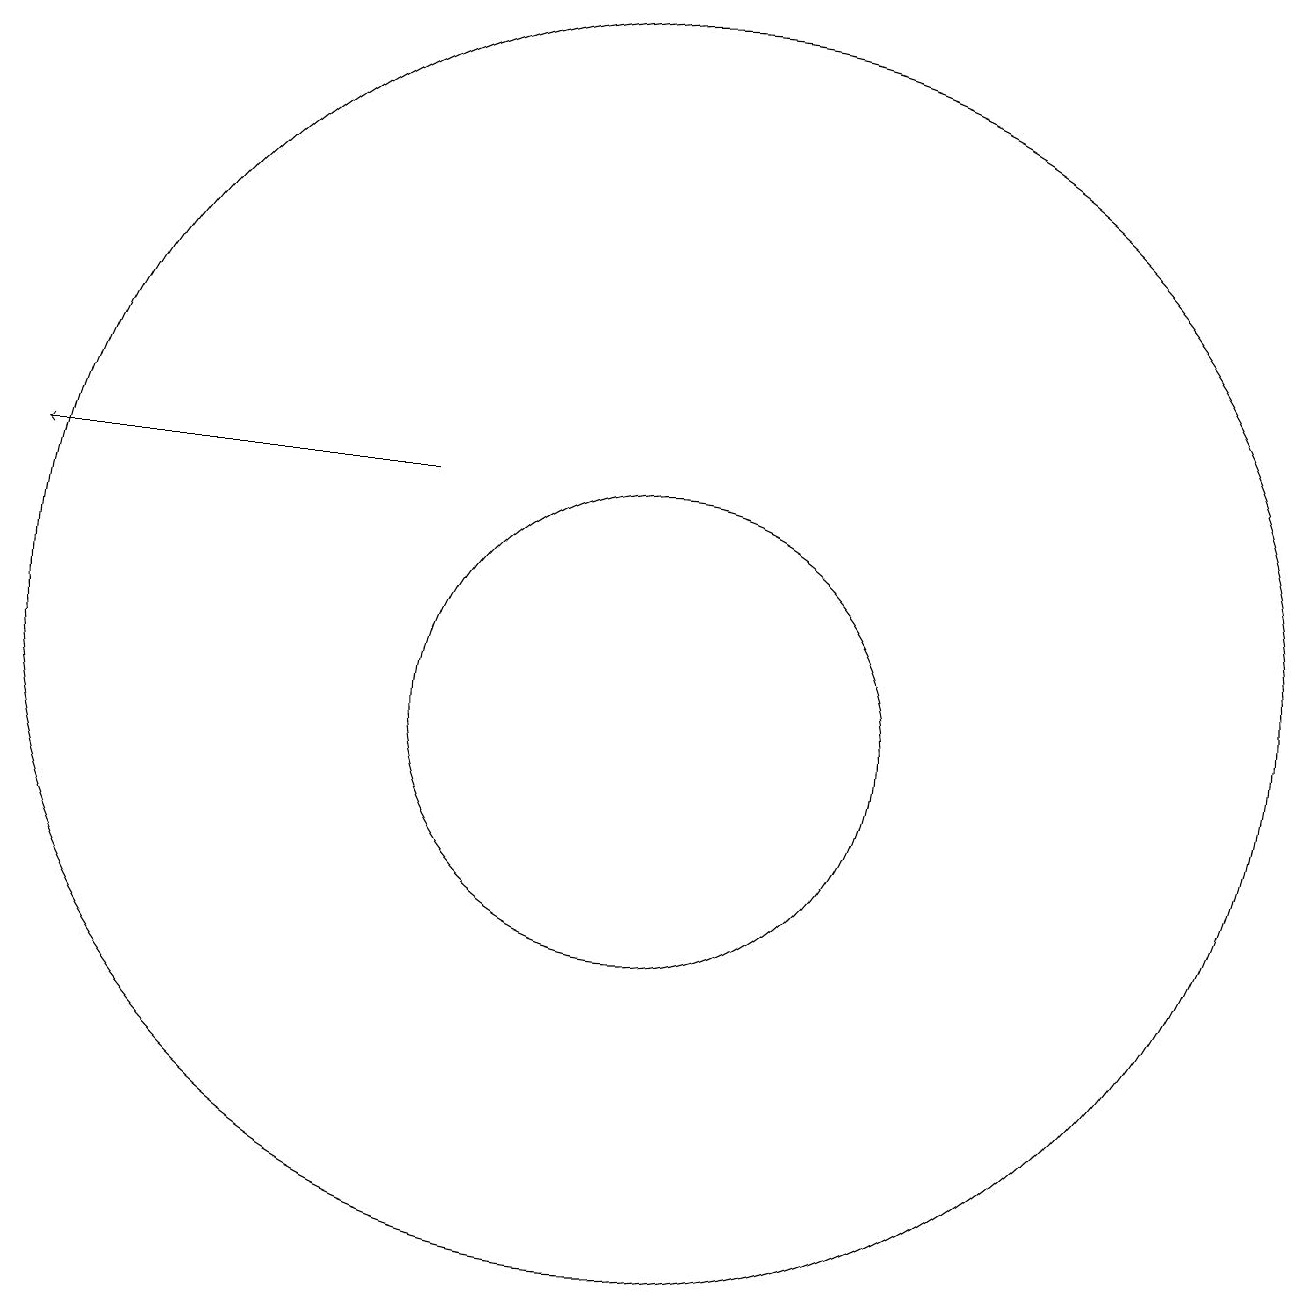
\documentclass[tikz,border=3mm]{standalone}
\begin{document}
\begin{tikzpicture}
\draw (12,12) circle (8);
\draw (12,11) circle (3);
\draw[->] (9,14) -- (4,14);
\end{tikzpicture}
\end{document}